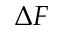
\Delta F